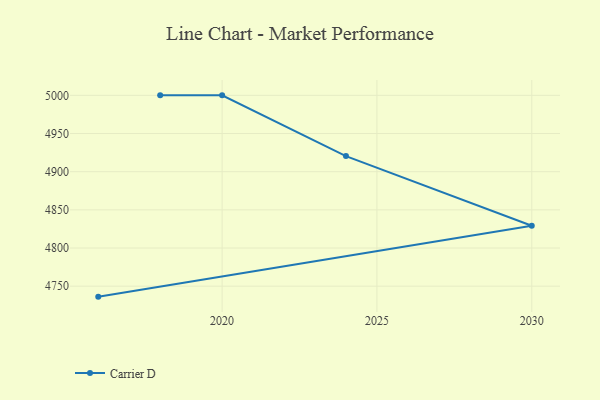
{"axis": {"x": "Year", "y": "Demand Index"}, "legend": ["Carrier D"], "data": [{"x": "2016", "y": 4736.3, "type": "Carrier D"}, {"x": "2030", "y": 4829.2, "type": "Carrier D"}, {"x": "2024", "y": 4920.4, "type": "Carrier D"}, {"x": "2020", "y": 5000, "type": "Carrier D"}, {"x": "2018", "y": 5000, "type": "Carrier D"}]}